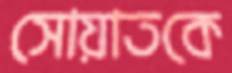
সোয়াতকে